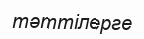
тәттілерге